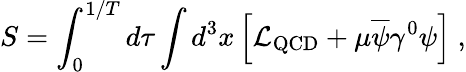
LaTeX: S=\int_{0}^{1/T}d\tau\int d^{3}x\left[{\cal L}_{\mathrm{QCD}}+\mu\overline{{{\psi}}}\gamma^{0}\psi\right]\ ,